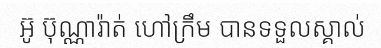
អ៊ូ ប៊ុណ្ណារ៉ាត់ ហៅក្រឹម បានទទួលស្គាល់